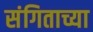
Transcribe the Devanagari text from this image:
संगिताच्या